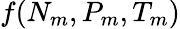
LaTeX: f(N_{m},P_{m},T_{m})